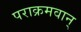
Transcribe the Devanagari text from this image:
पराक्रमवान्